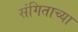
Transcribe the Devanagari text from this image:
संगिताच्या